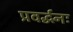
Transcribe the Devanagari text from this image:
प्रवर्द्धनः